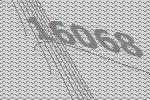
16068